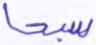
سبحا